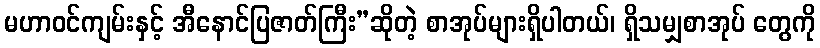
မဟာဝင်ကျမ်းနှင့် အီနောင်ပြဇာတ်ကြီး”ဆိုတဲ့ စာအုပ်များရှိပါတယ်၊ ရှိသမျှစာအုပ် တွေကို